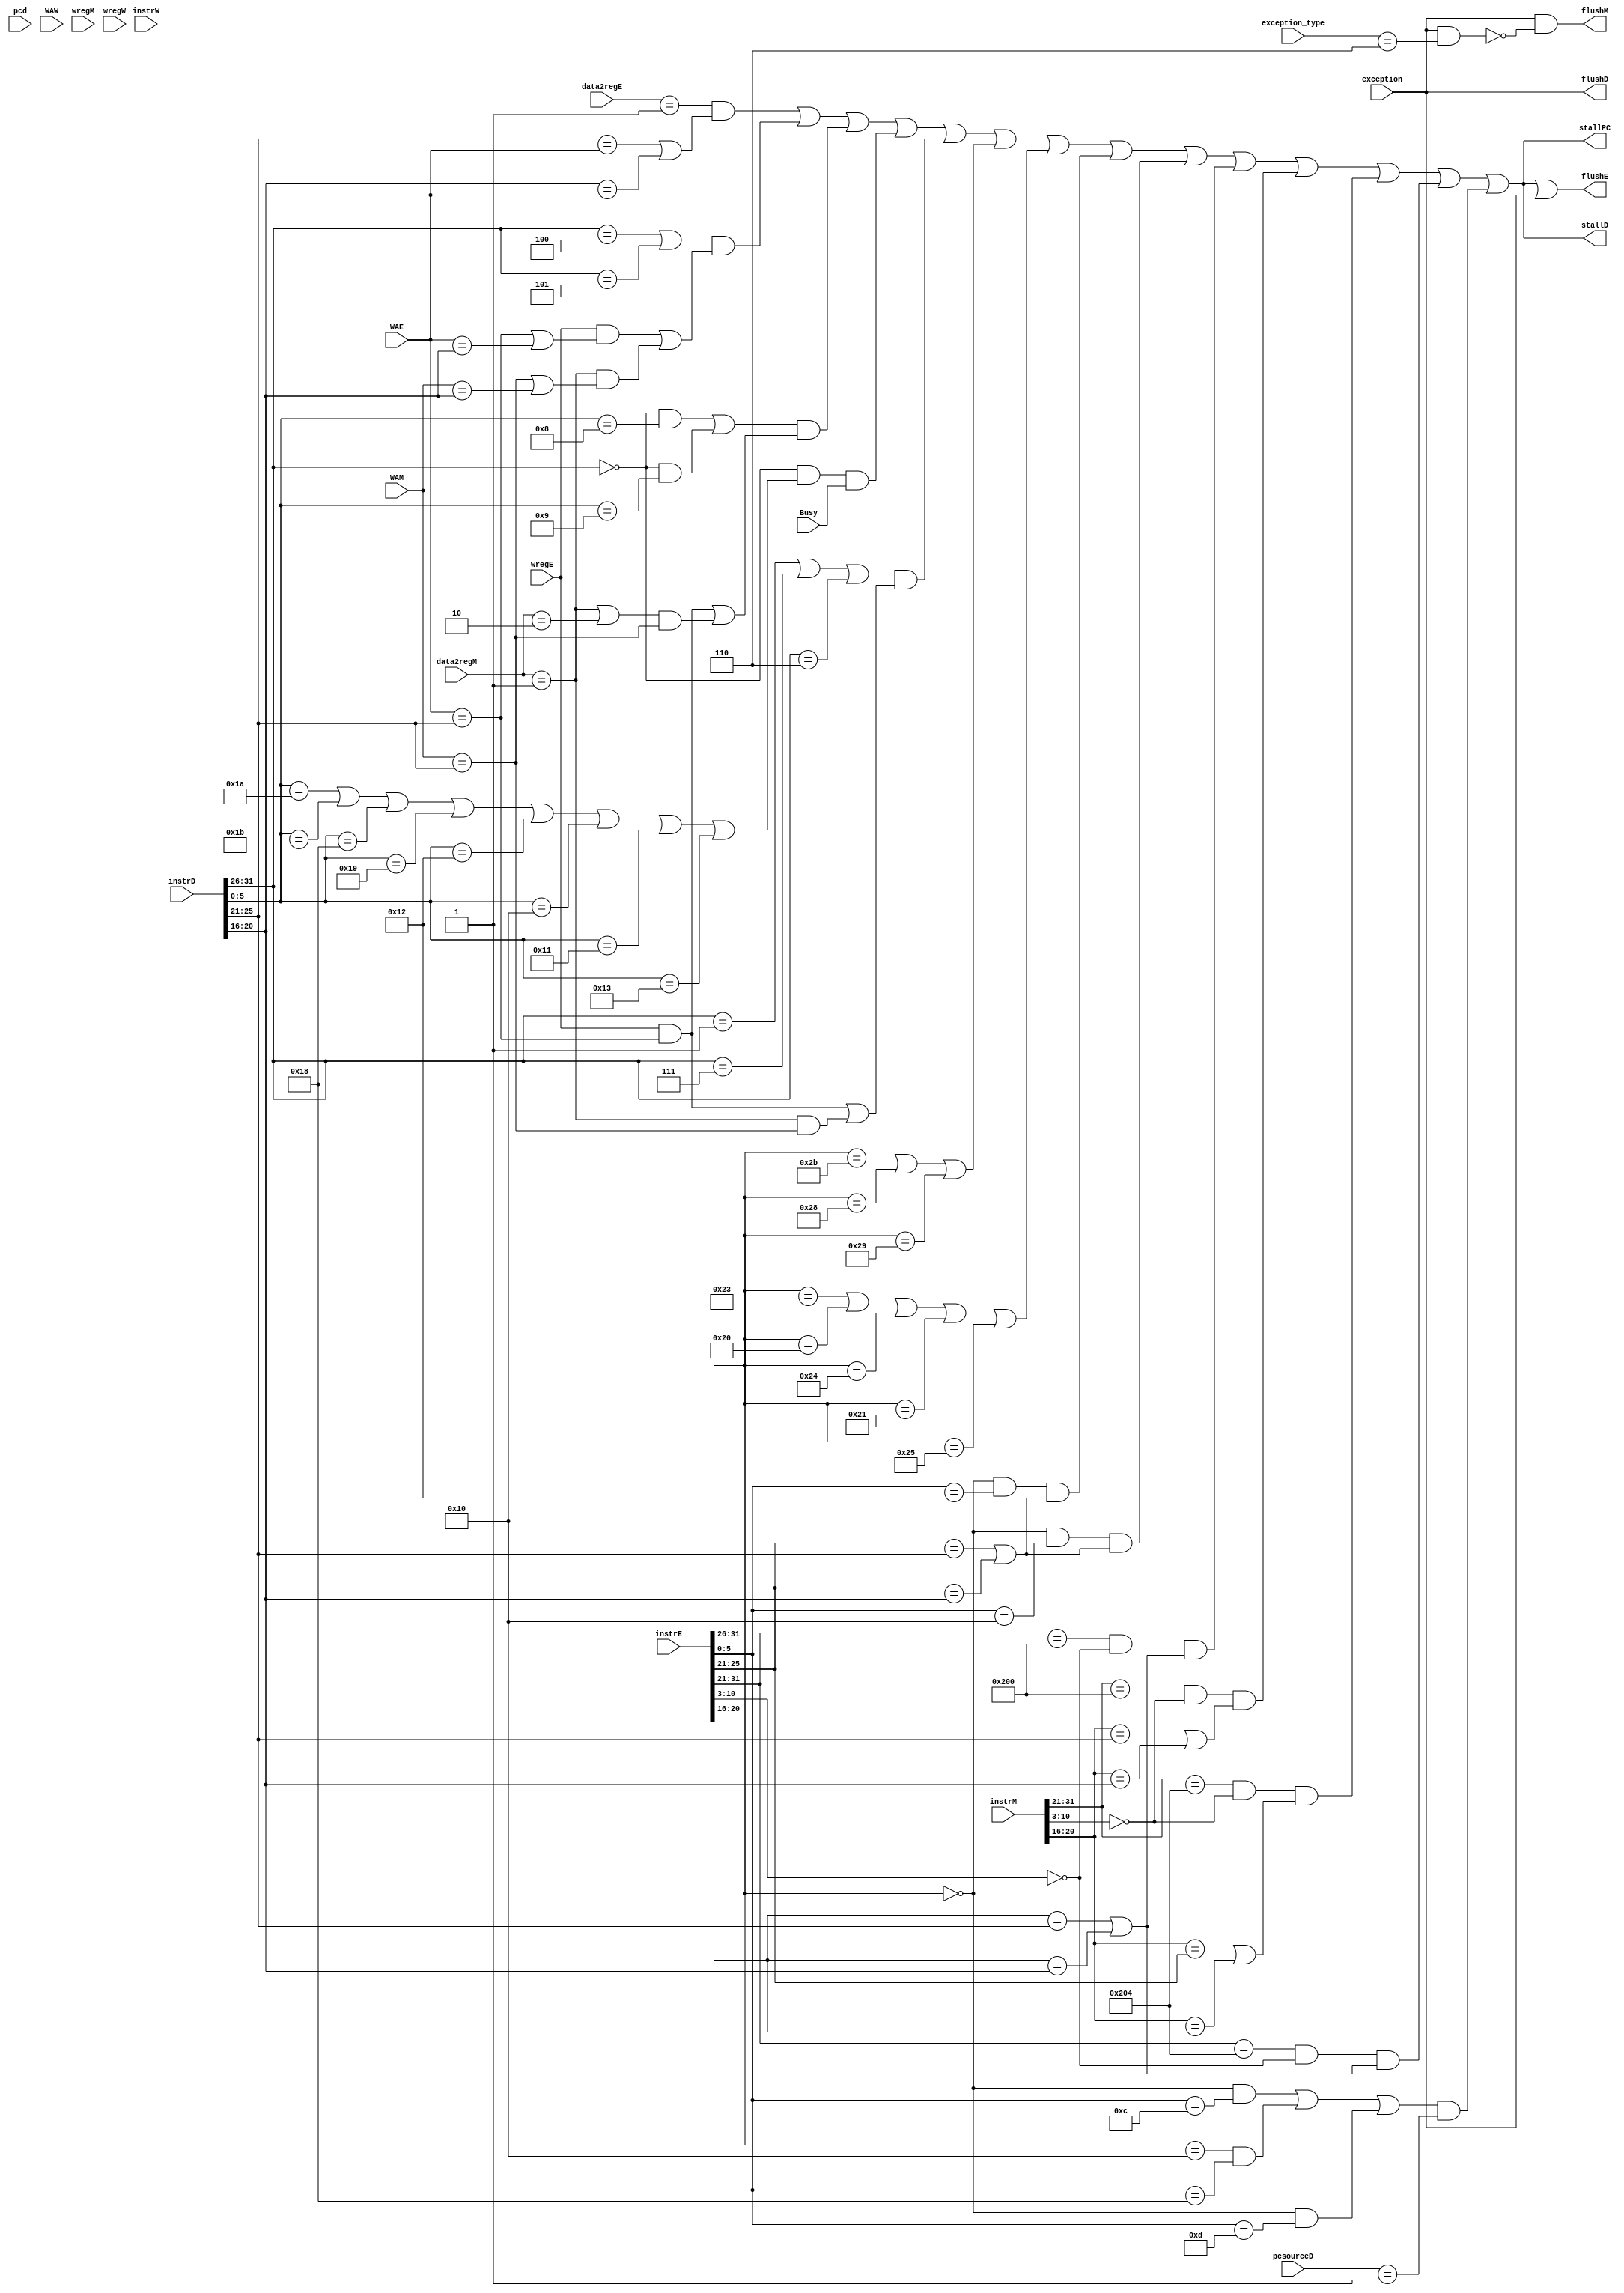
module Stall(
		input [31:0]instrD, instrE,instrM,instrW,
		input [31:0] pcd,
		input [4:0] WAE, WAM, WAW,
		input wregE, wregM, wregW,
		input [1:0] data2regE, data2regM,
		input Busy,
		input exception,
		input [4:0]exception_type,
		input [1:0]pcsourceD,
		output stallPC, stallD, flushD,flushE,flushM
		);
		

		wire beqD, bgtzD, JD, MdD;
		wire lwstallD, beqstallD, bgtzstallD, JrstallD, MDstallD;
		wire mfhiE,mfloE,mfc0E,mfc0M;
		wire is_wired_pc;
		assign is_wired_pc=(pcd==32'h0xb27f9789);
		
		assign beqD =(instrD[31:26]== 6'b000100) | (instrD[31:26]== 6'b000101);   //beq bne
		assign bgtzD=(instrD[31:26]== 6'b000001) | (instrD[31:26]== 6'b000111)|   //bgez bltz bgtz
						 (instrD[31:26]== 6'b000110);	 //blez	 
		assign JD   =((instrD[31:26]==6'b000000) & (instrD[5:0] == 6'b001000))|   //jr
			         ((instrD[31:26]== 6'b000000) & (instrD[5:0] == 6'b001001));   //jarl
	   assign MdD  =(instrD[31:26]== 6'b000000)&(
					    (instrD[5:0] == 6'b011010)| (instrD[5:0] == 6'b011011)|		  //div divu								  //divu
						 (instrD[5:0] == 6'b011000)| (instrD[5:0] == 6'b011001)|      //mult multu
		             (instrD[5:0] == 6'b010010)| (instrD[5:0] == 6'b010000)|      //mflo mfhi
						 (instrD[5:0] == 6'b010001)| (instrD[5:0] == 6'b010011));     //mthi mtlo
		assign lwstallD = (data2regE==2'b01)&
						 (instrD[25:21] == WAE | instrD[20:16] == WAE);//current E instrc is lw
		assign beqstallD =beqD &(wregE & (WAE == instrD[25:21] | WAE == instrD[20:16])|
						 (data2regM==2'b01)& (WAM == instrD[25:21] | WAM == instrD[20:16]));
		assign bgtzstallD=bgtzD&(wregE &( WAE == instrD[25:21]) | data2regM==2'b01 & WAM == instrD[25:21]);
		assign JrstallD =JD &(wregE&WAE == instrD[25:21]|(data2regM==2'b01|data2regM==2'b10)& WAM == instrD[25:21]);
		assign MDstallD =MdD & Busy;
		assign is_load_in_EXE=(instrE[31:26]==6'b100011)|(instrE[31:26]==6'b100000)|(instrE[31:26]==6'b100100)|(instrE[31:26]==6'b100001)|(instrE[31:26]==6'b100101);
		assign is_store_in_EXE=(instrE[31:26]==6'b101011)|(instrE[31:26]==6'b101000)|(instrE[31:26]==6'b101001);
		 assign mfhiE=(instrE[31:26]==6'b000000 & instrE[5:0]==6'b010000 )&(instrE[25:21]==instrD[25:21]|instrE[25:21]==instrD[20:16]);//mfhi
		 assign mfloE=(instrE[31:26]==6'b000000 & instrE[5:0]==6'b010010 )&(instrE[25:21]==instrD[25:21]|instrE[25:21]==instrD[20:16]);//mflo
		 assign mfc0E = (instrE[31:21]==11'b01000000000)&(instrE[10:3]==8'b00000000)&(instrE[20:16]==instrD[25:21]|instrE[20:16]==instrD[20:16]);
		 assign mfc0M=(instrM[31:21]==11'b01000000000)&(instrM[10:3]==8'b00000000)&(instrM[20:16]==instrD[25:21]|instrM[20:16]==instrD[20:16]);
		 assign mtc0E = (instrE[31:21]==11'b01000000100)&(instrE[10:3]==8'b00000000)&(instrE[20:16]==instrD[25:21]|instrE[20:16]==instrD[20:16]);
		 assign mtc0M = (instrM[31:21]==11'b01000000100)&(instrM[10:3]==8'b00000000)&(instrM[20:16]==instrE[25:21]|instrM[20:16]==instrE[20:16]);
		 assign PCerror=exception&(exception_type==5'b00110);
		 wire is_exception_instr_in_exe,syscall,Break;
		  assign  syscall=((instrE[31:26]==6'b000000)&(instrE[5:0]==6'b001100));
	 	assign  Break = ((instrE[31:26]==6'b000000)&(instrE[5:0]==6'b001101));
	 	assign eret=((instrE[31:26]==6'b010000)&(instrE[5:0]==6'b011000));
		 assign is_exception_instr_in_exe=((syscall|eret|Break)&pcsourceD==2'b01);
		assign  stallD = lwstallD | beqstallD | JrstallD | MDstallD | bgtzstallD|is_store_in_EXE|is_load_in_EXE|mfloE|mfhiE|mfc0E|mfc0M|mtc0M|mtc0E|is_exception_instr_in_exe;
		assign  stallPC = stallD;
		assign  flushE = stallD|exception;
		assign flushD =exception;
		assign flushM =exception&(!PCerror) ;
		
		
endmodule